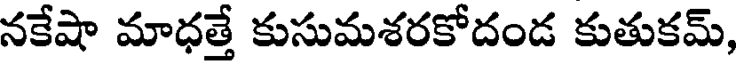
నకేషా మాధత్తే కుసుమశరకోదండ కుతుకమ్,